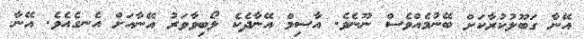
އޭނާ ގަބޫލުކުރާކަށް ބޭނުމެއްވެސް ނޫނެވެ. އާސިމް އޭނާދެކެ ލޯބިވާވަރު އޭނާއަށް އެނގެއެވެ. އޭނާ